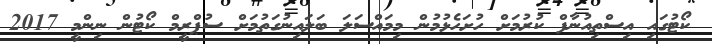
ކޯޓުގައި އިސްތިއުނާފް ކުރުމަށް ހުށަހެޅުމުން މިމައްސަލަ ބަލައިނުގަތުމަށް ސުޕްރީމް ކޯޓުން ނިންމީ 2017